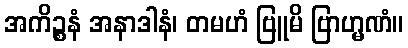
အကိဉ္စနံ အနာဒါနံ၊ တမဟံ ဗြူမိ ဗြာဟ္မဏံ။